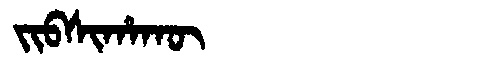
Manchu: ᠵᡳᠪᠰᡳᡥᠠᡴᡡ
Romanization: JIBSIHAKŪ